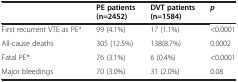
|  | PE patients | DVT patients | p |
 |  | (n=2452) | (n=1584) |  |
 | --- | --- | --- | --- |
 | First recurrent VTE as PEa | 99 (4.1%) | 17 (1.1%) | <0.0001 |
 | All-cause deaths | 305 (12.5%) | 138(8.7%) | 0.0002 |
 | Fatal PE* | 76 (3.1%) | 6 (0.4%) | <0.0001 |
 | Major bleedings | 70 (3.0%) | 31 (2.0%) | 0.08 |